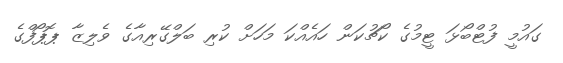
ގައުމީ ފުޓްބޯޅަ ޓީމުގެ ކޯޗުކަން ހައެއްކަ މަހަށް ކުރި ބަލްގޭރިއާގެ ވެލިޒާ ޕޮޕޯފްގެ